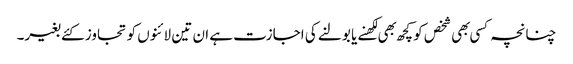
چنانچہ کسی بهی شخص کو کچھ بهی لکهنے یا بولنے کی اجازت ہے ان تین لائنوں کو تجاوز کئے بغیر۔